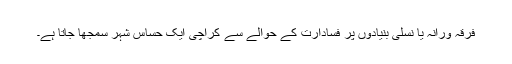
فرقہ ورانہ یا نسلی بنیادوں پر فسادارت کے حوالے سے کراچی ایک حساس شہر سمجھا جاتا ہے۔